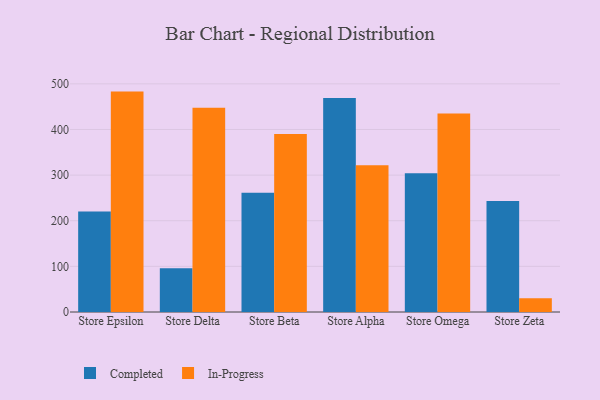
{"axis": {"x": "Store", "y": "LTV (USD)"}, "legend": ["Completed", "In-Progress"], "data": [{"x": "Store Epsilon", "y": 220.0, "type": "Completed"}, {"x": "Store Epsilon", "y": 483.0, "type": "In-Progress"}, {"x": "Store Delta", "y": 95.7, "type": "Completed"}, {"x": "Store Delta", "y": 447.7, "type": "In-Progress"}, {"x": "Store Beta", "y": 261.1, "type": "Completed"}, {"x": "Store Beta", "y": 389.9, "type": "In-Progress"}, {"x": "Store Alpha", "y": 468.8, "type": "Completed"}, {"x": "Store Alpha", "y": 321.8, "type": "In-Progress"}, {"x": "Store Omega", "y": 303.8, "type": "Completed"}, {"x": "Store Omega", "y": 434.9, "type": "In-Progress"}, {"x": "Store Zeta", "y": 243.0, "type": "Completed"}, {"x": "Store Zeta", "y": 29.9, "type": "In-Progress"}]}